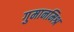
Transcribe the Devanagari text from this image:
गुमानमिश्र